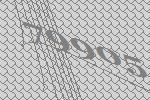
79905